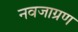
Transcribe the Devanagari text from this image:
नवजाग्रण